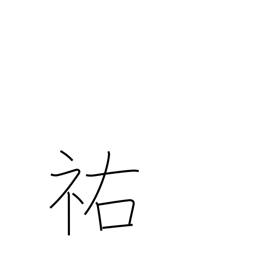
Meaning: help